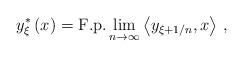
LaTeX: \begin{align*}y_{\xi}^{\ast}\left( x\right) =\mathrm{F.p.}\lim_{n\rightarrow\infty}\left\langle y_{\xi+1/n},x\right\rangle \,, \end{align*}